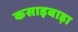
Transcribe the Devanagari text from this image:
कसाइबाड़ा